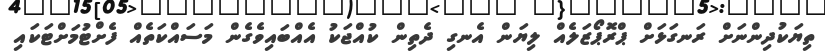
ތިޔަކުދިންނަށް ރަނގަޅަށް ޕްރޮޕޯޒަލެއް ލިޔަން އެނގި ދެތިން ކުއްޖަކު އެއްބައިވެގެން މަސައްކަތެއް ފެށްޓުމަށްޓަކައި